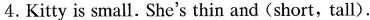
4.Kitty is small. She's thin and (short, tall).